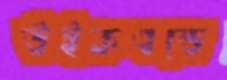
উইকএন্ডে